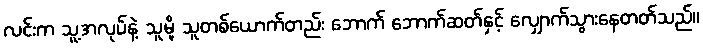
လင်းက သူ့အလုပ်နဲ့ သူမို့ သူတစ်ယောက်တည်း ဘောက် ဘောက်ဆတ်နှင့် လျှောက်သွားနေတတ်သည်။